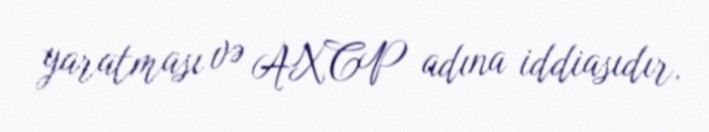
yaratması və AXCP adına iddiasıdır.